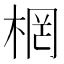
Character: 棢